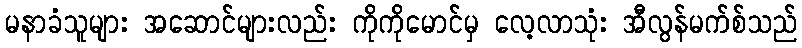
မနာခံသူများ အဆောင်များလည်း ကိုကိုမောင်မှ လေ့လာသုံး အီလွန်မက်စ်သည်